Scottish Certificate of Education, 1962
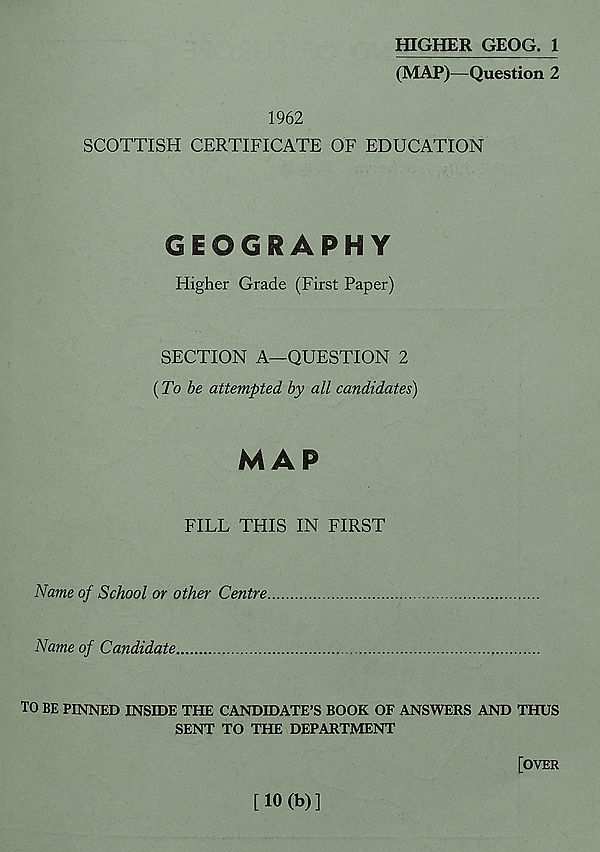
HIGHER GEOG. 1
(MAP)—Question 2
1962
SCOTTISH CERTIFICATE OF EDUCATION
GEOGRAPHY
Higher Grade (First Paper)
SECTION A—QUESTION 2
(To be attempted by all candidates)
MAP
FILL THIS IN FIRST
Name of School or other Centre
Name of Candidate.,
TO BE PINNED INSIDE THE CANDIDATE’S BOOK OF ANSWERS AND THUS
SENT TO THE DEPARTMENT
[OVER
[ 10 (b) ]